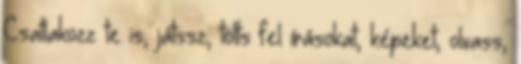
Csatlakozz te is, játssz, tölts fel írásokat, képeket, olvass,